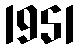
1951